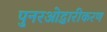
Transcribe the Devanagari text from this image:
पुनरओद्धारीकरण